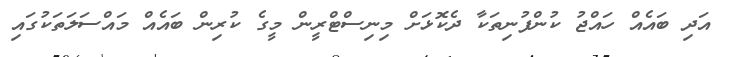
އަދި ބައެއް ހައްޖު ކުންފުނިތަކާ ދެކޮޅަށް މިނިސްޓްރީން މީގެ ކުރިން ބައެއް މައްސަލަތަކުގައި